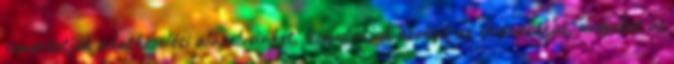
ismertetjük adatkezelési alapelveinket, bemutatjuk azokat az elvárásokat, melyeket az